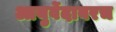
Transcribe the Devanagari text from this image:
आयुर्वेदावरच